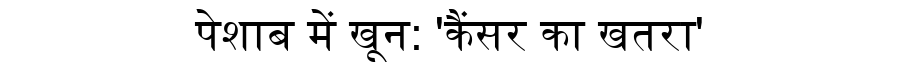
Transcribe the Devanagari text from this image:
पेशाब में खून: 'कैंसर का खतरा'